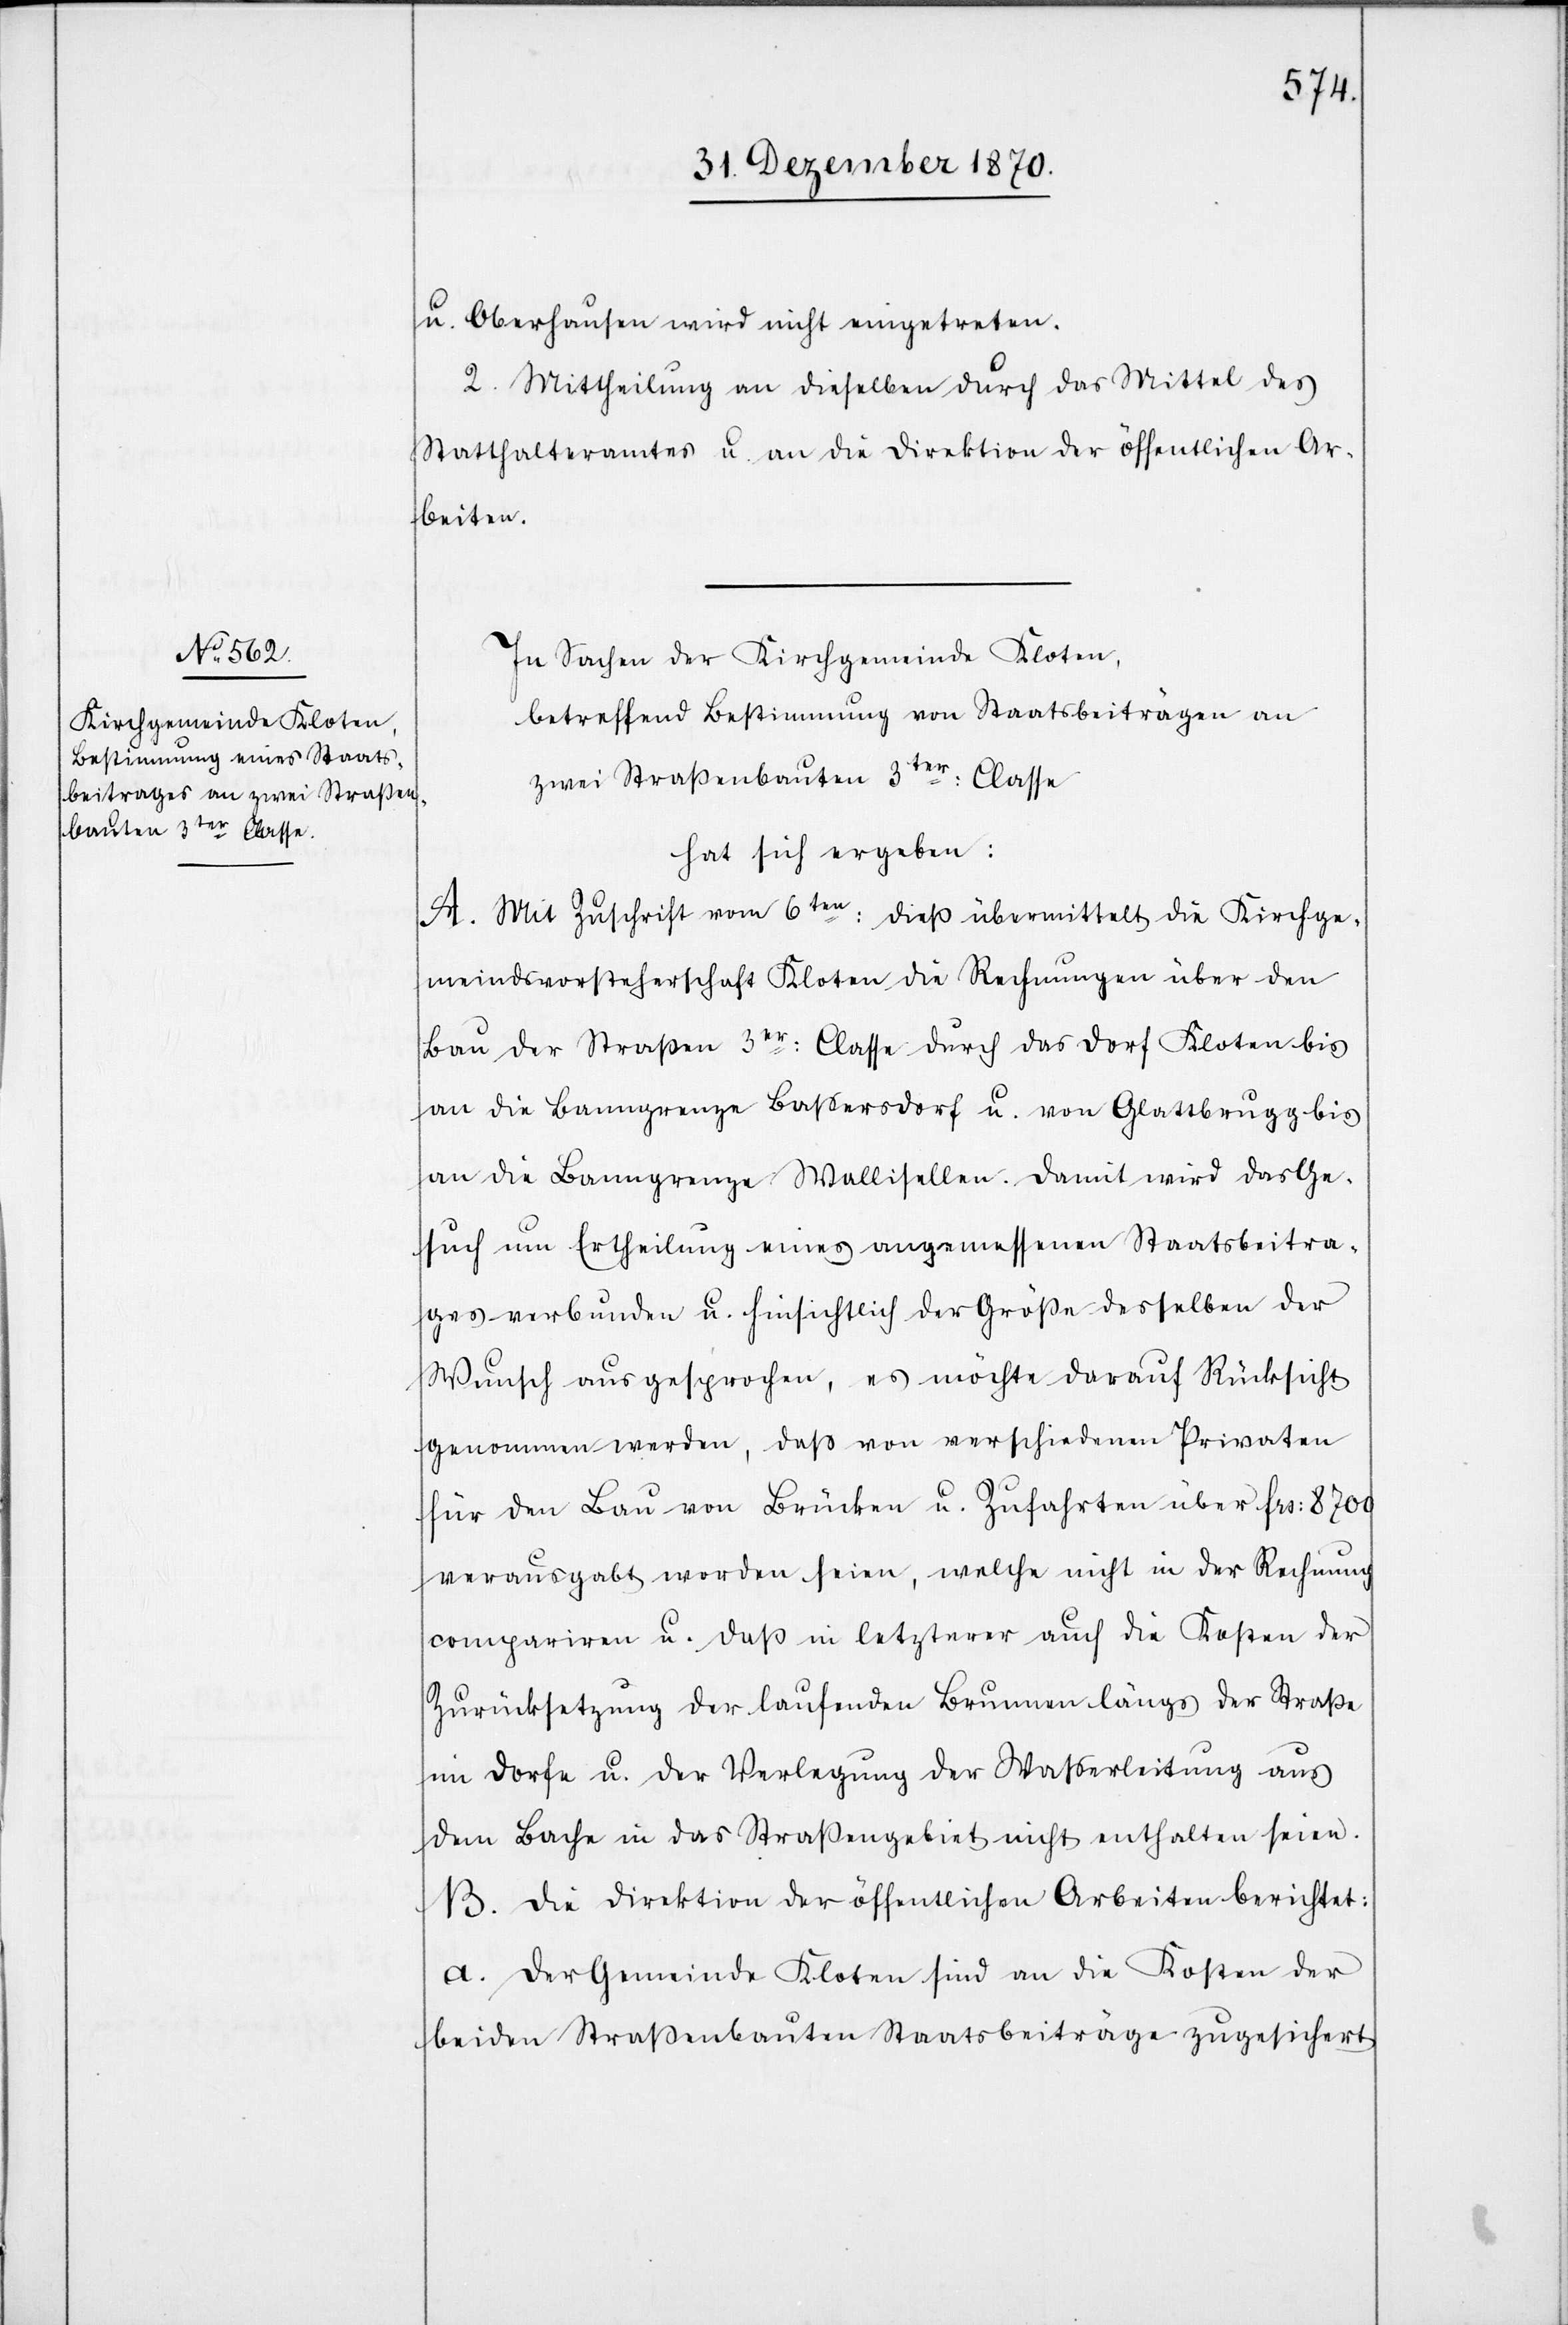
u. Oberhausen wird nicht eingetreten.
2. Mittheilung an dieselben durch das Mittel des
Statthalteramtes u. an die Direktion der öffentlichen Ar¬
beiten.
In Sachen der Kirchgemeinde Kloten,
betreffend Bestimmung von Staatsbeiträgen an
zwei Straßenbauten 3ter: Classe
hat sich ergeben:
A. Mit Zuschrift vom 6ten: dieß übermittelt die Kirchge¬
meindsvorsteherschaft Kloten die Rechnungen über den
Bau der Straßen 3er: Classe durch das Dorf Kloten bis
an die Banngrenze Baßersdorf u. von Glattbrugg bis
an die Banngrenze Wallisellen. Damit wird das Ge¬
such um Ertheilung eines angemessenen Staatsbeitra¬
ges verbunden u. hinsichtlich der Größe desselben der
Wunsch ausgesprochen, es möchte darauf Rücksicht
genommen werden, daß von verschiedenen Privaten
für den Bau von Brücken u. Zufahrten über Frs: 8700
verausgabt worden seien, welche nicht in der Rechnung
compariren u. das in letzterer auch die Kosten der
Zurücksetzung der laufenden Brunnen längs der Straße
im Dorfe u. der Verlegung der Wasserleitung aus
dem Bache in das Straßengebiet nicht enthalten seien.
B. Die Direktion der öffentlichen Arbeiten berichtet:
a. Der Gemeinde Kloten sind an die Kosten der
beiden Straßenbauten Staatsbeiträge zugesichert